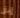
إبق